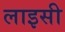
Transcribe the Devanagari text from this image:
लाइसी